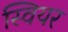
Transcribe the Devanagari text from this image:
स्वियर